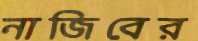
নাজিবের